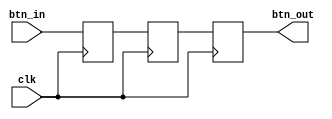
`timescale 1ns / 1ps

module debounce(
    input clk,
    input btn_in,
    output btn_out
    );
    
    reg r1, r2, r3;
    
    always @(posedge clk) begin
        r1 <= btn_in;
        r2 <= r1;
        r3 <= r2;
    end
    
    assign btn_out = r3;
    
endmodule